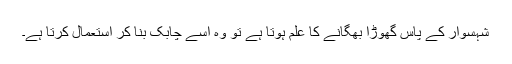
شہسوار کے پاس گھوڑا بھگانے کا علم ہوتا ہے تو وہ اسے چابک بنا کر استعمال کرتا ہے۔